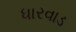
ધારવાડ